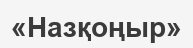
«Назқоңыр»